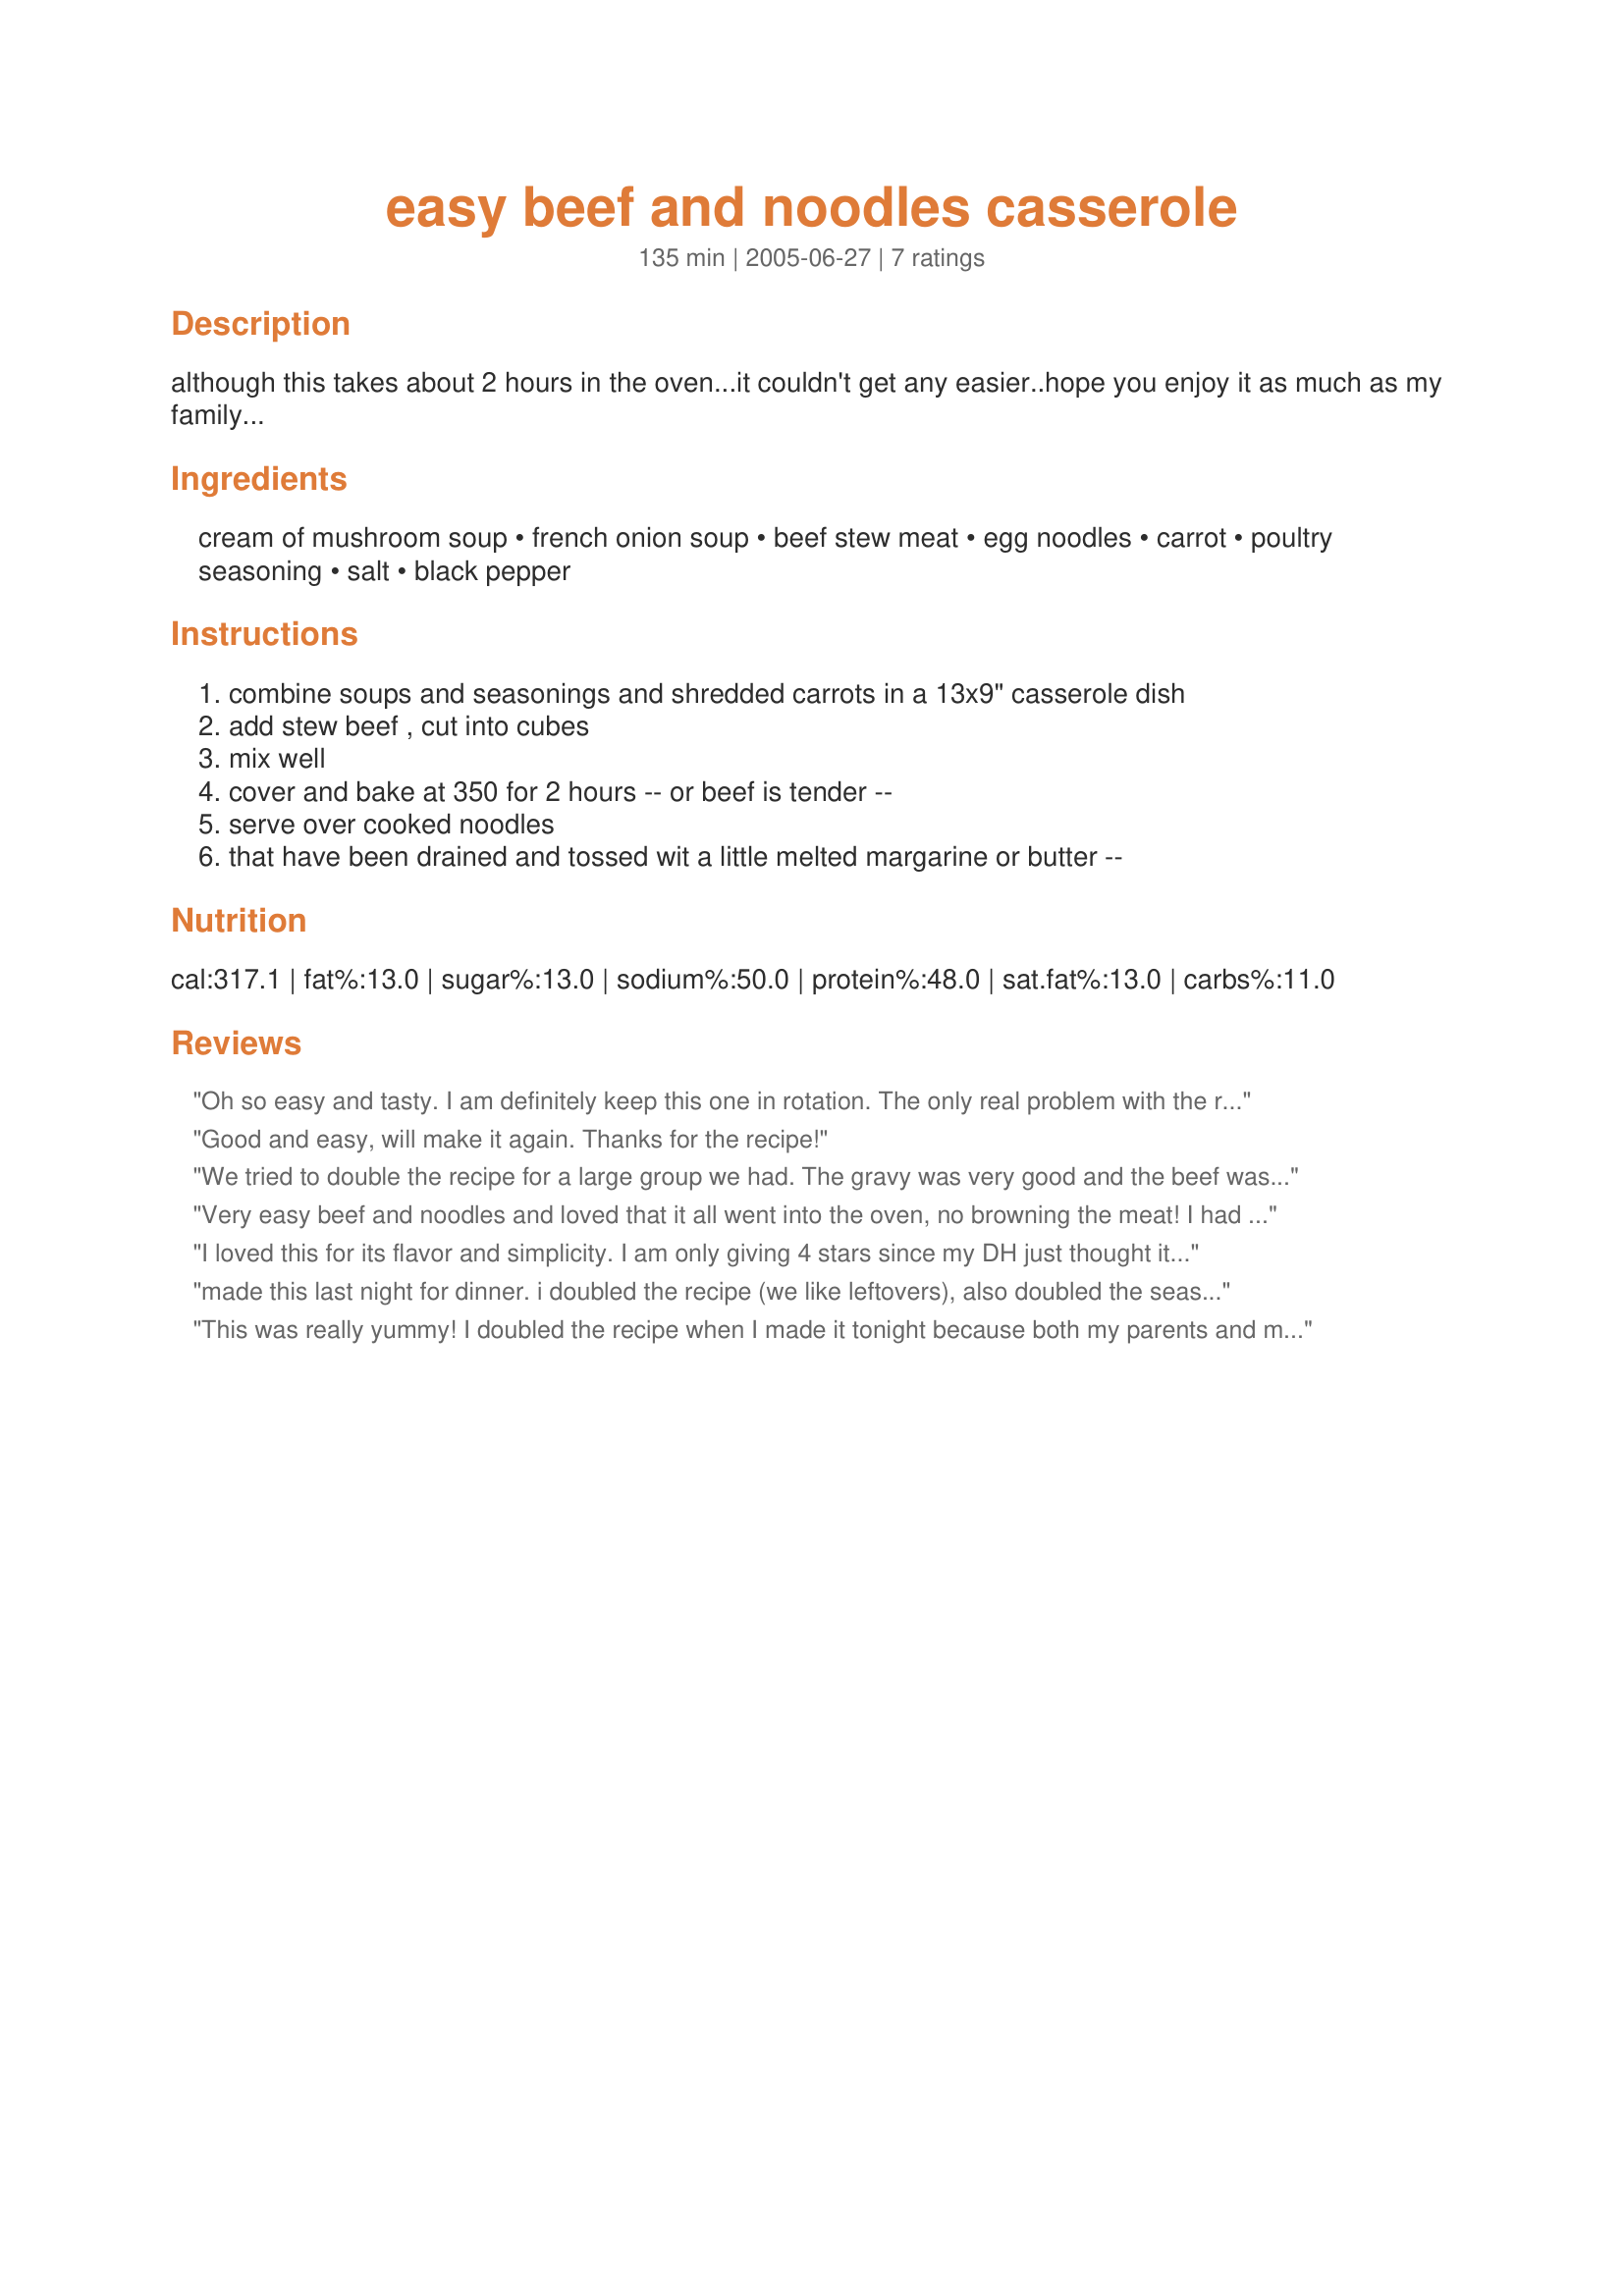
easy beef and noodles casserole
Preparation time: 135 minutes

although this takes about 2 hours in the oven...it couldn't get any easier..hope you enjoy it as much as my family...

Ingredients:
cream of mushroom soup, french onion soup, beef stew meat, egg noodles, carrot, poultry seasoning, salt, black pepper

Steps:
combine soups and seasonings and shredded carrots in a 13x9" casserole dish, add stew beef , cut into cubes, mix well, cover and bake at 350 for 2 hours -- or beef is tender --, serve over cooked noodles, that have been drained and tossed wit a little melted margarine or butter --

Reviews:
Oh so easy and tasty. I am definitely keep this one in rotation. The only real problem with the recipe is that as written it will only feed 6 on the outside. I plan to double the carrot because you couldn't really taste them and my kids need to eat more veg. For a variation I plan to try some sliced mushrooms (30 min) and some sour cream before serving. Excellent recipe, thanks.
Good and easy, will make it again. Thanks for the recipe!
We tried to double the recipe for a large group we had. The gravy was very good and the beef was tender. We used Cambells healthy request and should have used the regular with more sodium. We used the thicker kluski style noodles and maybe used too much noodles. We plan to try this recipe again during the holidays - the next time we will also add worchestershire. It is a nice recipe for a crowd because it is easy to make and very tasty.
Very easy beef and noodles and loved that it all went into the oven, no browning the meat! I had enough for two regular sized soup bowls so I wouldnt try serving this to 6-8 people unless smaller portions are needed. The cream of mushroom soup and french onion soup made very nice flavored gravy and the stew meat was fork tender. I think I would rather have diced carrots because we didnt really taste the shredded carrots to much. Thank you grandma2969 for sharing your recipe!
I loved this for its flavor and simplicity. I am only giving 4 stars since my DH just thought it was OK. My 5yo ate it and he is picky. I did make a couple changes. I didn't have poultry seasoning so I subbed seasoned salt for the regular salt. I also heated up a can of peas (separately) but then mixed them in when serving. The meat was very tender.
made this last night for dinner. i doubled the recipe (we like leftovers), also doubled the seasonings. waaaayy too much pepper, even for dh who loves it. i added some sliced mushrooms that i needed to use. i will certainly make this again as it is so nice to be able to make it ahead and put in the oven when ready. i do think i might dice the carrots and add some sour cream next time.
This was really yummy! I doubled the recipe when I made it tonight because both my parents and my in-laws were coming for dinner so that made 8 of us total. We cleaned out the dish, and could have used more! Plus, I wouldn't have minded some leftovers for lunch tomorrow. Actually, I just realized that I didn't double the seasonings, just the soups, meat and noodles. My son complained that it was too pepper-y, so I think next time I will leave that out. I didn't mind, but I like pepper so I'll be happy to add it to my own portion. Thanks for a great new EASY recipe for my family!
